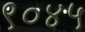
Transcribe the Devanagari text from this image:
९०४५